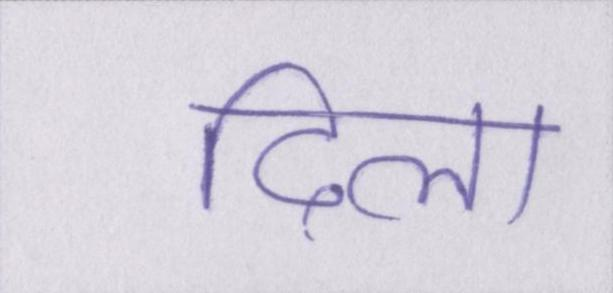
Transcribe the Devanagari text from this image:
दिला